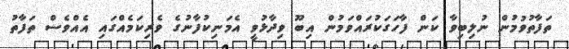
ތަފާތުވުމުން ނުލިބިވާ ކަން ފާހަގަކުރައްވަމުން އިބޫ ވިދާޅުވީ އެމަނިކުފާނުގެ ވެރިކަމެއްގައި އެއްވެސް ތަފާތު